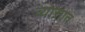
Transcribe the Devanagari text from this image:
व्यासात